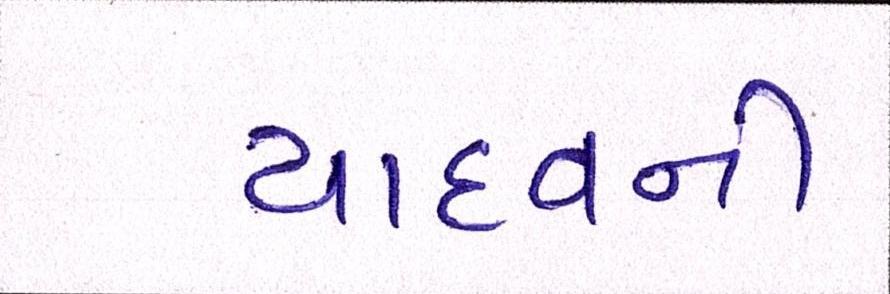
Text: યાદવની